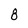
Character: 8